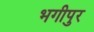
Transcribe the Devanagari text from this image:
भगीपुर